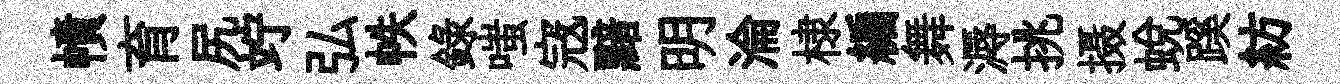
幘育尻竚弘帙録嗤𡨥黯明淪棣編舞溽挑摄蜕蹊紡